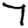
Digit: 7